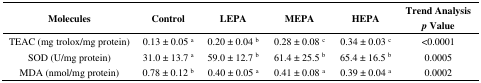
<table><thead><tr><td><b>Molecules</b></td><td><b>Control</b></td><td><b>LEPA</b></td><td><b>MEPA</b></td><td><b>HEPA</b></td><td><b>Trend Analysis <i>p</i> Value</b></td></tr></thead><tbody><tr><td>TEAC (mg trolox/mg protein)</td><td>0.13 ± 0.05 <sup>a</sup></td><td>0.20 ± 0.04 <sup>b</sup></td><td>0.28 ± 0.08 <sup>c</sup></td><td>0.34 ± 0.03 <sup>c</sup></td><td>&lt;0.0001</td></tr><tr><td>SOD (U/mg protein)</td><td>31.0 ± 13.7 <sup>a</sup></td><td>59.0 ± 12.7 <sup>b</sup></td><td>61.4 ± 25.5 <sup>b</sup></td><td>65.4 ± 16.5 <sup>b</sup></td><td>0.0005</td></tr><tr><td>MDA (nmol/mg protein)</td><td>0.78 ± 0.12 <sup>b</sup></td><td>0.40 ± 0.05 <sup>a</sup></td><td>0.41 ± 0.08 <sup>a</sup></td><td>0.39 ± 0.04 <sup>a</sup></td><td>0.0002</td></tr></tbody></table>